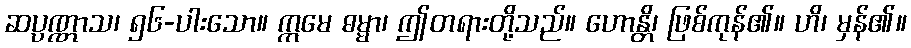
ဆပ္ပဏ္ဏာသ၊ ၅၆-ပါးသော။ ဣမေ ဓမ္မာ၊ ဤတရားတို့သည်။ ဟောန္တိ၊ ဖြစ်ကုန်၏။ ဟိ၊ မှန်၏။